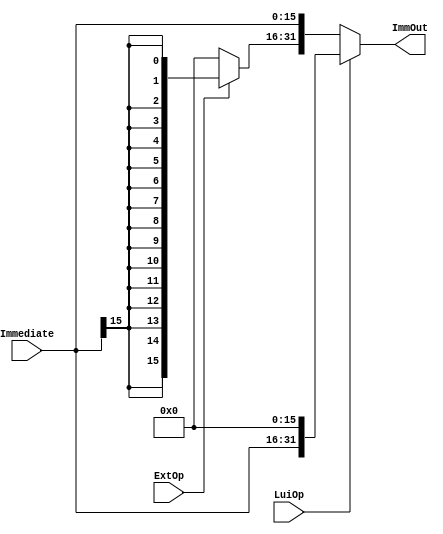
`timescale 1ns / 1ps

module ImmProcess(ExtOp, LuiOp, Immediate, ImmOut); 
    //Input Control Signals
    input ExtOp; //'0'-zero extension, '1'-signed extension
    input LuiOp; //for lui instruction
    //Input
    input [15:0] Immediate;
    //Output
    output [31:0] ImmOut;

    wire [31:0] ImmExt;
    
    assign ImmExt = {ExtOp? {16{Immediate[15]}}: 16'h0000, Immediate};
    assign ImmOut = LuiOp? {Immediate, 16'h0000}: ImmExt;


endmodule